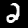
Label: 2